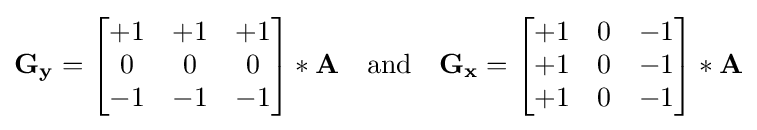
\mathbf {G_{y}} ={\begin{bmatrix}+1&+1&+1\\0&0&0\\-1&-1&-1\end{bmatrix}}*\mathbf {A} \quad {\mbox{and}}\quad \mathbf {G_{x}} ={\begin{bmatrix}+1&0&-1\\+1&0&-1\\+1&0&-1\end{bmatrix}}*\mathbf {A}